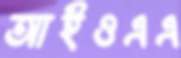
আইওএএ